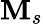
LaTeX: \mathbf{M}_{s}